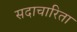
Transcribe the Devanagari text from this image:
सदाचारिता